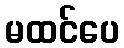
မထင်ပေ